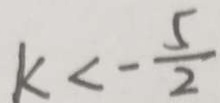
k < - \frac { 5 } { 2 }